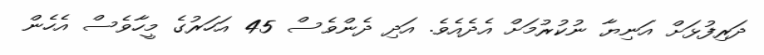
ދަރިފުޅަށް އަނިޔާ ނުކުރުމަށް އެދެއެވެ. އަދި ދެންވެސް 45 އަހަރުގެ މީހާވެސް އެހެން